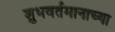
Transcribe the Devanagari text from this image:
शुभवर्तमानाच्या